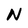
Character: N